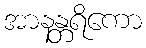
အာနန္တရိကော